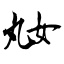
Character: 奿